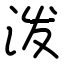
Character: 泼